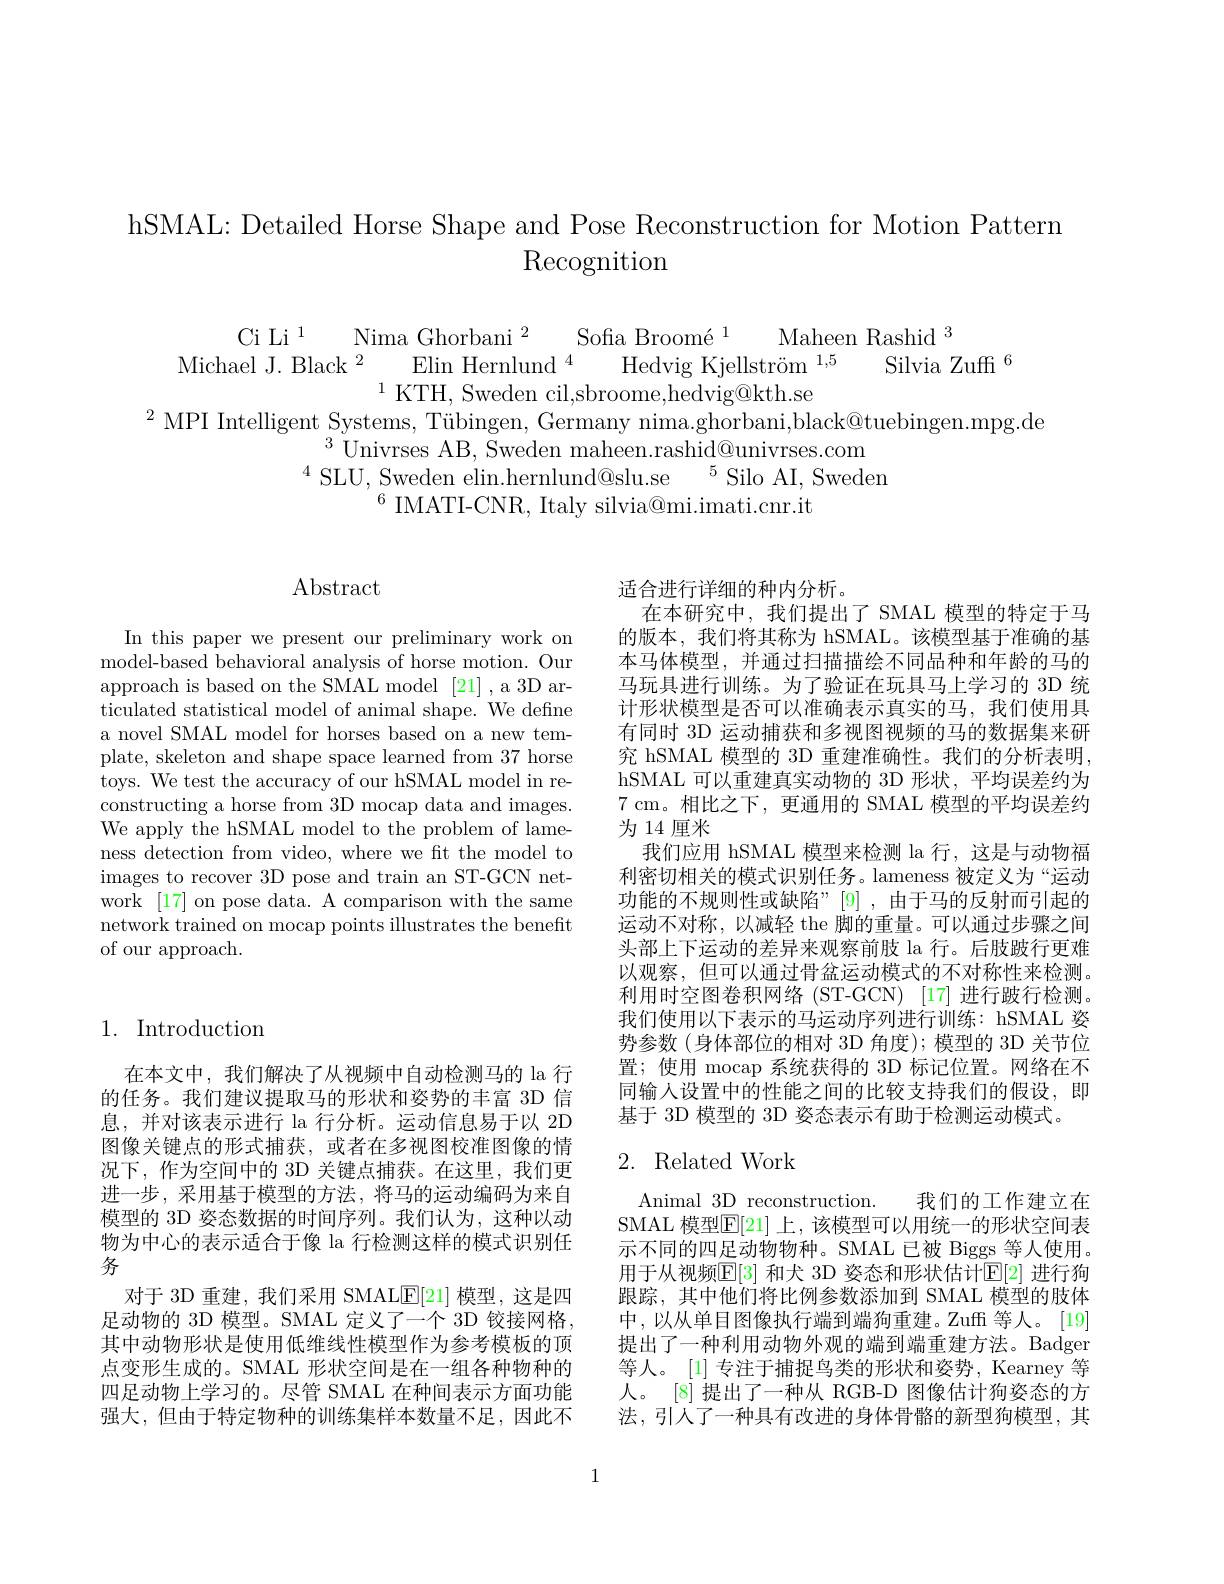
hSMAL: Detailed Horse Shape and Pose Reconstruction for Motion Pattern
Recognition

$\begin{array}{c}\mathrm{Ci~Li~}^{1}&\mathrm{Nima~Ghorbani~}^{2}&\mathrm{Sofia~Broomé}^{1}&\mathrm{Maheen~Rashid~}^{3}\\\mathrm{Michael~J.~Black~}^{2}&\mathrm{Elin~Hernlund~}^{4}&\mathrm{Hedvig~Kjellström~}^{1,5}&\mathrm{Silvia~Zuffi~}^{6}\\&\mathrm{KTH,~Sweden~cil,sbroome.hedvig@kth.se}\end{array}$
$^2$MPI Intelligent Systems, Tübingen, Germany nima.ghorbani,black@tuebingen.mpg.de
$^{3}$Univrses AB, Sweden maheen.rashid@univrses.com
$^{4}$SLU, Sweden elin.hernlund@slu.se$^5$Silo AI, Sweden
$^{6}$ IMATI-CNR, Italy silvia@mi.imati.cnr.it

## $\operatorname{Abstract}$

In this paper we present our preliminary work on model-based behavioral analysis of horse motion. Our approach is based on the SMAL model [21] ,a 3D articulated statistical model of animal shape. We define a novel SMAL model for horses based on a new template, skeleton and shape space learned from 37 horse toys. We test the accuracy of our hSMAL model in reconstructing a horse from 3D mocap data and images. We apply the hSMAL model to the problem of lameness detection from video, where we ft the model to images to recover 3D pose and train an ST-GCN network [17] on pose data. A comparison with the same network trained on mocap points illustrates the benefit of our approach.
$$\begin{matrix}1.&\text{Introduction}\\\end{matrix}$$
在本文中，我们解决了从视频中自动检测马的 la 行的任务。我们建议提取马的形状和姿势的丰富 3D 信息，并对该表示进行 la 行分析。运动信息易于以 2D 图像关键点的形式捕获，或者在多视图校准图像的情况下，作为空间中的 3D 关键点捕获。在这里，我们更进一步，采用基于模型的方法，将马的运动编码为来自模型的 3D 姿态数据的时间序列。我们认为，这种以动物为中心的表示适合于像 la 行检测这样的模式识别任务
对于 3D 重建，我们采用 SMALE[21] 模型，这是四足动物的 3D 模型。SMAL 定义了一个 3D 铰接网格， 其中动物形状是使用低维线性模型作为参考模板的顶点变形生成的。SMAL 形状空间是在一组各种物种的四足动物上学习的。尽管 SMAL 在种间表示方面功能强大，但由于特定物种的训练集样本数量不足，因此不

适合进行详细的种内分析。
在本研究中，我们提出了 SMAL 模型的特定于马的版本，我们将其称为 hSMAL。该模型基于准确的基本马体模型，并通过扫描描绘不同品种和年龄的马的马玩具进行训练。为了验证在玩具马上学习的 3D 统计形状模型是否可以准确表示真实的马，我们使用具有同时 3D 运动捕获和多视图视频的马的数据集来研究 hSMAL 模型的 3D 重建准确性。我们的分析表明， hSMAL 可以重建真实动物的 3D 形状，平均误差约为7 cm。相比之下，更通用的 SMAL 模型的平均误差约为 14 厘米
我们应用 hSMAL 模型来检测 la 行，这是与动物福利密切相关的模式识别任务。lameness 被定义为“运动功能的不规则性或缺陷”[9],由于马的反射而引起的运动不对称，以减轻 the 脚的重量。可以通过步骤之间头部上下运动的差异来观察前肢 la 行。后肢跛行更难以观察，但可以通过骨盆运动模式的不对称性来检测。利用时空图卷积网络 (ST-GCN) [17] 进行跛行检测。我们使用以下表示的马运动序列进行训练：hSMAL 姿势参数(身体部位的相对 3D 角度);模型的 3D 关节位置；使用 mocap 系统获得的 3D 标记位置。网络在不同输人设置中的性能之间的比较支持我们的假设，即基于 3D 模型的 3D 姿态表示有助于检测运动模式。

## 2. Related Work

Animal 3D reconstruction. 我们的工作建立在SMAL 模型$\mathbb{E}[21]$ 上，该模型可以用统一的形状空间表示不同的四足动物物种。SMAL 已被 Biggs 等人使用。用于从视频$\mathbb{E}[3]$ 和犬 3D 姿态和形状估计$\mathbb{E}[2]$ 进行狗跟踪，其中他们将比例参数添加到 SMAL 模型的肢体中，以从单目图像执行端到端狗重建。Zuff 等人。[19] 提出了一种利用动物外观的端到端重建方法。Badger 等人。[1]专注于捕捉鸟类的形状和姿势，Kearney 等人。[8] 提出了一种从 RGB-D 图像估计狗姿态的方法，引人了一种具有改进的身体骨骼的新型狗模型，其

1